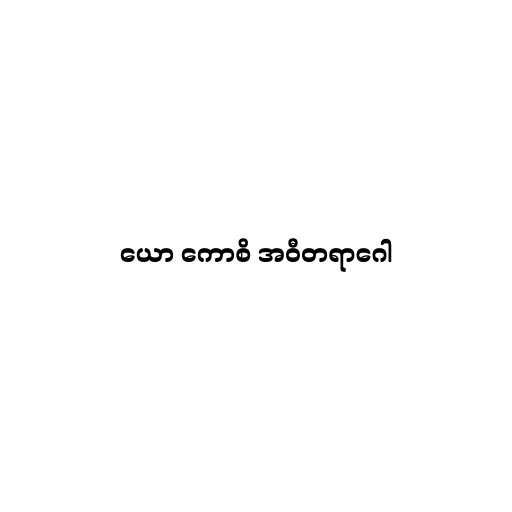
ယော ကောစိ အဝီတရာဂေါ